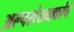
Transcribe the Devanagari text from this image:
अल्पसंख्यकांचे